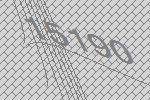
15190